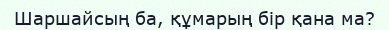
Шаршайсың ба, құмарың бір қана ма?